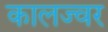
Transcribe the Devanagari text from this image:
कालज्वर